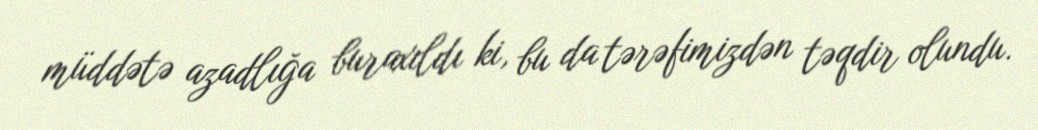
müddətə azadlığa buraxıldı ki, bu da tərəfimizdən təqdir olundu.